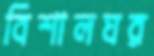
বিশালঘর